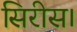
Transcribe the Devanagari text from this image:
सिरीस।